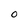
Character: O